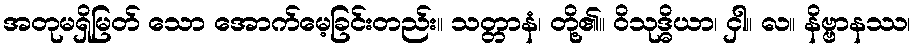
အတုမရှိမြတ် သော အောက်မေ့ခြင်းတည်း။ သတ္တာနံ၊ တို့၏။ ဝိသုဒ္ဓိယာ၊ ငှါ။ လ။ နိဗ္ဗာနဿ၊